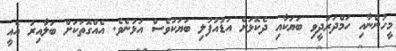
މީހުންނާއި ހަމްދަރުދީވި ބަޔަކާއި ދެކޮޅަށް އަޑުއުފުލި ބަޔަކުވެސް އުޅުނެވެ. އެއްގޮތަކަށް ބަލާއިރު އެއީ